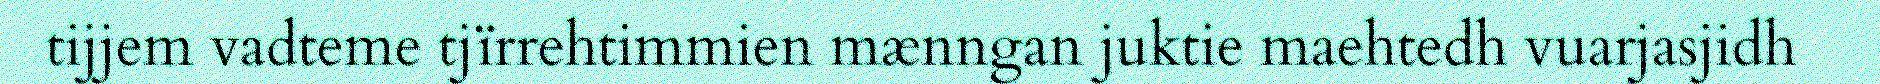
tijjem vadteme tjïrrehtimmien mænngan juktie maehtedh vuarjasjidh